Lunatic asylums in Bengal annual reports 1888-1898 - 1888-1898
Year: 1888
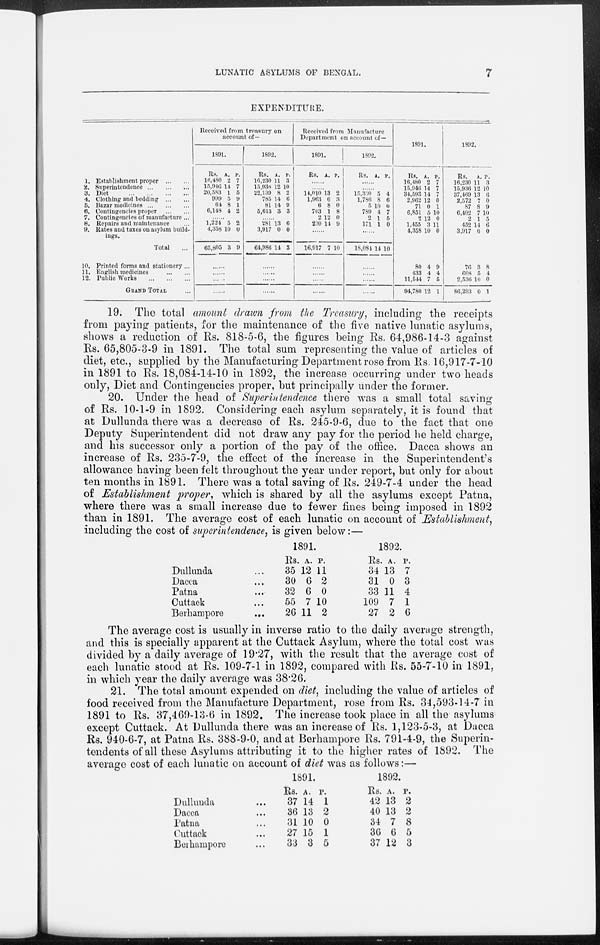
LUNATIC ASYLUMS OF BENGAL.
7
EXPENDITURE.
1.
2.
3.
4.
5.
6.
7.
8.
9.
10.
11.
12.
Establishment proper
... ...
Superintendence
...
...
...
Diet
... ... ... ...
Clothing and bedding
... ...
Bazar medicines
...
...
...
Contingencies proper
... ...
Contingencies of manufacture ...
Repairs and maintenance ...
Rates and taxes on asylum build-
ings.
Total ...
Printed forms and stationery ...
English medicines
... ...
Public Works
... ... ..
GRAND TOTAL ...
Received from treasury on
account of—
1891.
Rs.
16,480
15,946
20,583
999
64
6,148
A.
2
14
1
5
8
4
P.
7
7
5
9
1
2
......
1,224
4,358
65,805
5
10
3
2 0
9
......
......
......
......
1892.
Rs.
16,230
15,936
22,139
785
81
5,613
A.
11
12
8
14
14
3
P.
3
10
2
6
9
3
......
281
3,917
64,986
13
0
14
6
0
3
......
......
......
......
Received from Manufacture
Department on account of—
1891.
Rs. A. P.
......
......
14,010
1,963
6
703
2
230
13
6
8
1
12
14
2
3
0
8
0
9
......
16,917 7 10
......
......
......
......
1892.
Rs. A. P.
......
......
15,330
1,786
5
789
2
171
5
8
10
4
1
1
4
6
0
7
5
0
......
18,084 14 10
......
......
......
......
1891.
Rs.
16,480
15,946
34,593
2,962
71
6,851
2
1,455
4,358
80
433
11,544
94,780
A.
2
14
14
12
0
5
12
3
10
4
4
7
12
P.
7
7
7
0
1
10
0
11 0
9
4
5
1
1892.
Rs.
16,230
15,936
37,469
2,572
87
6,402
2
452
3,917
76
608
2,536
86,293
A.
11
12
13
7
8
7
1
14
0
3
5
10
0
P.
3
10
6
0
9
10
5
6
0
8
4
0
1
19. The total amount drawn from the Treasury, including the receipts
from paying patients, for the maintenance of the five native lunatic asylums,
shows a reduction of Rs. 818-5-6, the figures being Rs. 64,986-14-3 against
Rs. 65,805-3-9 in 1891. The total sum representing the value of articles of
diet, etc., supplied by the Manufacturing Department rose from Rs. 16,917-7-10
in 1891 to Rs. 18,084-14-10 in 1892, the increase occurring under two heads
only, Diet and Contingencies proper, but principally under the former.
20. Under the head of Superintendence there was a small total saving
of Rs. 10-1-9 in 1892. Considering each asylum separately, it is found that
at Dullunda there was a decrease of Rs. 245-9-6, due to the fact that one
Deputy Superintendent did not draw any pay for the period he held charge,
and his successor only a portion of the pay of the office. Dacca shows an
increase of Rs. 235-7-9, the effect of the increase in the Superintendent's
allowance having been felt throughout the year under report, but only for about
ten months in 1891. There was a total saving of Rs. 249-7-4 under the head
of Establishment proper, which is shared by all the asylums except Patna,
where there was a small increase due to fewer fines being imposed in 1892
than in 1891. The average cost of each lunatic on account of Establishment,
including the cost of superintendence, is given below:—
Dullunda ...
Dacca ...
Patna ...
Cuttack ...
Berhampore
...
1891.
Rs.
35
30
32
55
26
A.
12
6
6
7
11
P.
11
2
0
10
2
1892.
Rs.
34
31
33
109
27
A.
13
0
11
7
2
P.
7
3
4
1
6
The average cost is usually in inverse ratio to the daily average strength,
and this is specially apparent at the Cuttack Asylum, where the total cost was
divided by a daily average of 19.27, with the result that the average cost of
each lunatic stood at Rs. 109-7-1 in 1892, compared with Rs. 55-7-10 in 1891,
in which year the daily average was 38.26.
21. The total amount expended on diet, including the value of articles of
food received from the Manufacture Department, rose from Rs. 34,593-14-7 in
1891 to Rs. 37,469-13-6 in 1892. The increase took place in all the asylums
except Cuttack. At Dullunda there was an increase of Rs. 1,123-5-3, at Dacca
Rs. 940-6-7, at Patna Rs. 388-9-0, and at Berhampore Rs. 791-4-9, the Superin-
tendents of all these Asylums attributing it to the higher rates of 1892. The
average cost of each lunatic on account of diet was as follows:—
Dullunda ...
Dacca ...
Patna ...
Cuttack ...
Berhampore ...
1891.
Rs.
37
36
31
27
33
A.
14
13
10
15
3
P.
1
2
0
1
5
1892.
Rs.
42
40
34
36
37
A.
13
13
7
6
12
P.
2
2
8
5
3